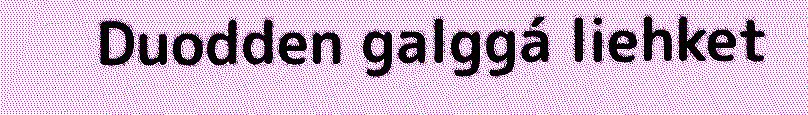
Duodden galggá liehket